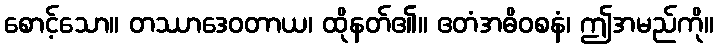
စောင့်သော။ တဿာဒေဝတာယ၊ ထိုနတ်၏။ ဧတံအဓိဝစနံ၊ ဤအမည်ကို။